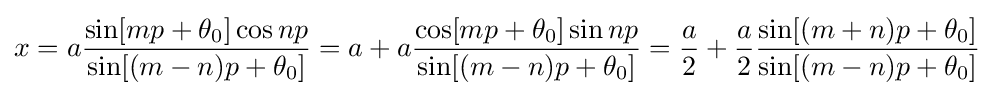
x=a{\frac {\sin[mp+\theta _{0}]\cos np}{\sin[(m-n)p+\theta _{0}]}}=a+a{\frac {\cos[mp+\theta _{0}]\sin np}{\sin[(m-n)p+\theta _{0}]}}={a \over 2}+{a \over 2}{\frac {\sin[(m+n)p+\theta _{0}]}{\sin[(m-n)p+\theta _{0}]}}\!